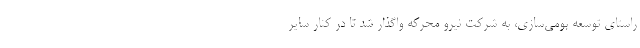
راستای توسعه بومی‌سازی، به شرکت نیرو محرکه واگذار شد تا در کنار سایر